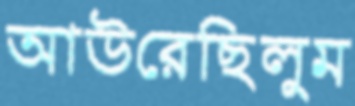
আউরেছিলুম